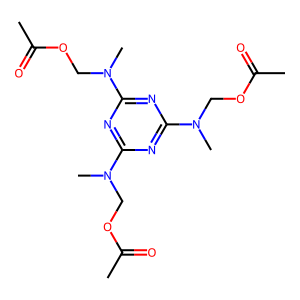
SMILES: CC(=O)OCN(C)c1nc(N(C)COC(C)=O)nc(N(C)COC(C)=O)n1
Inhibits HIV replication: No